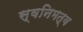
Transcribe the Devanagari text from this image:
स्वनिमत्व